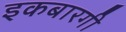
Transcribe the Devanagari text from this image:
इकबारगी